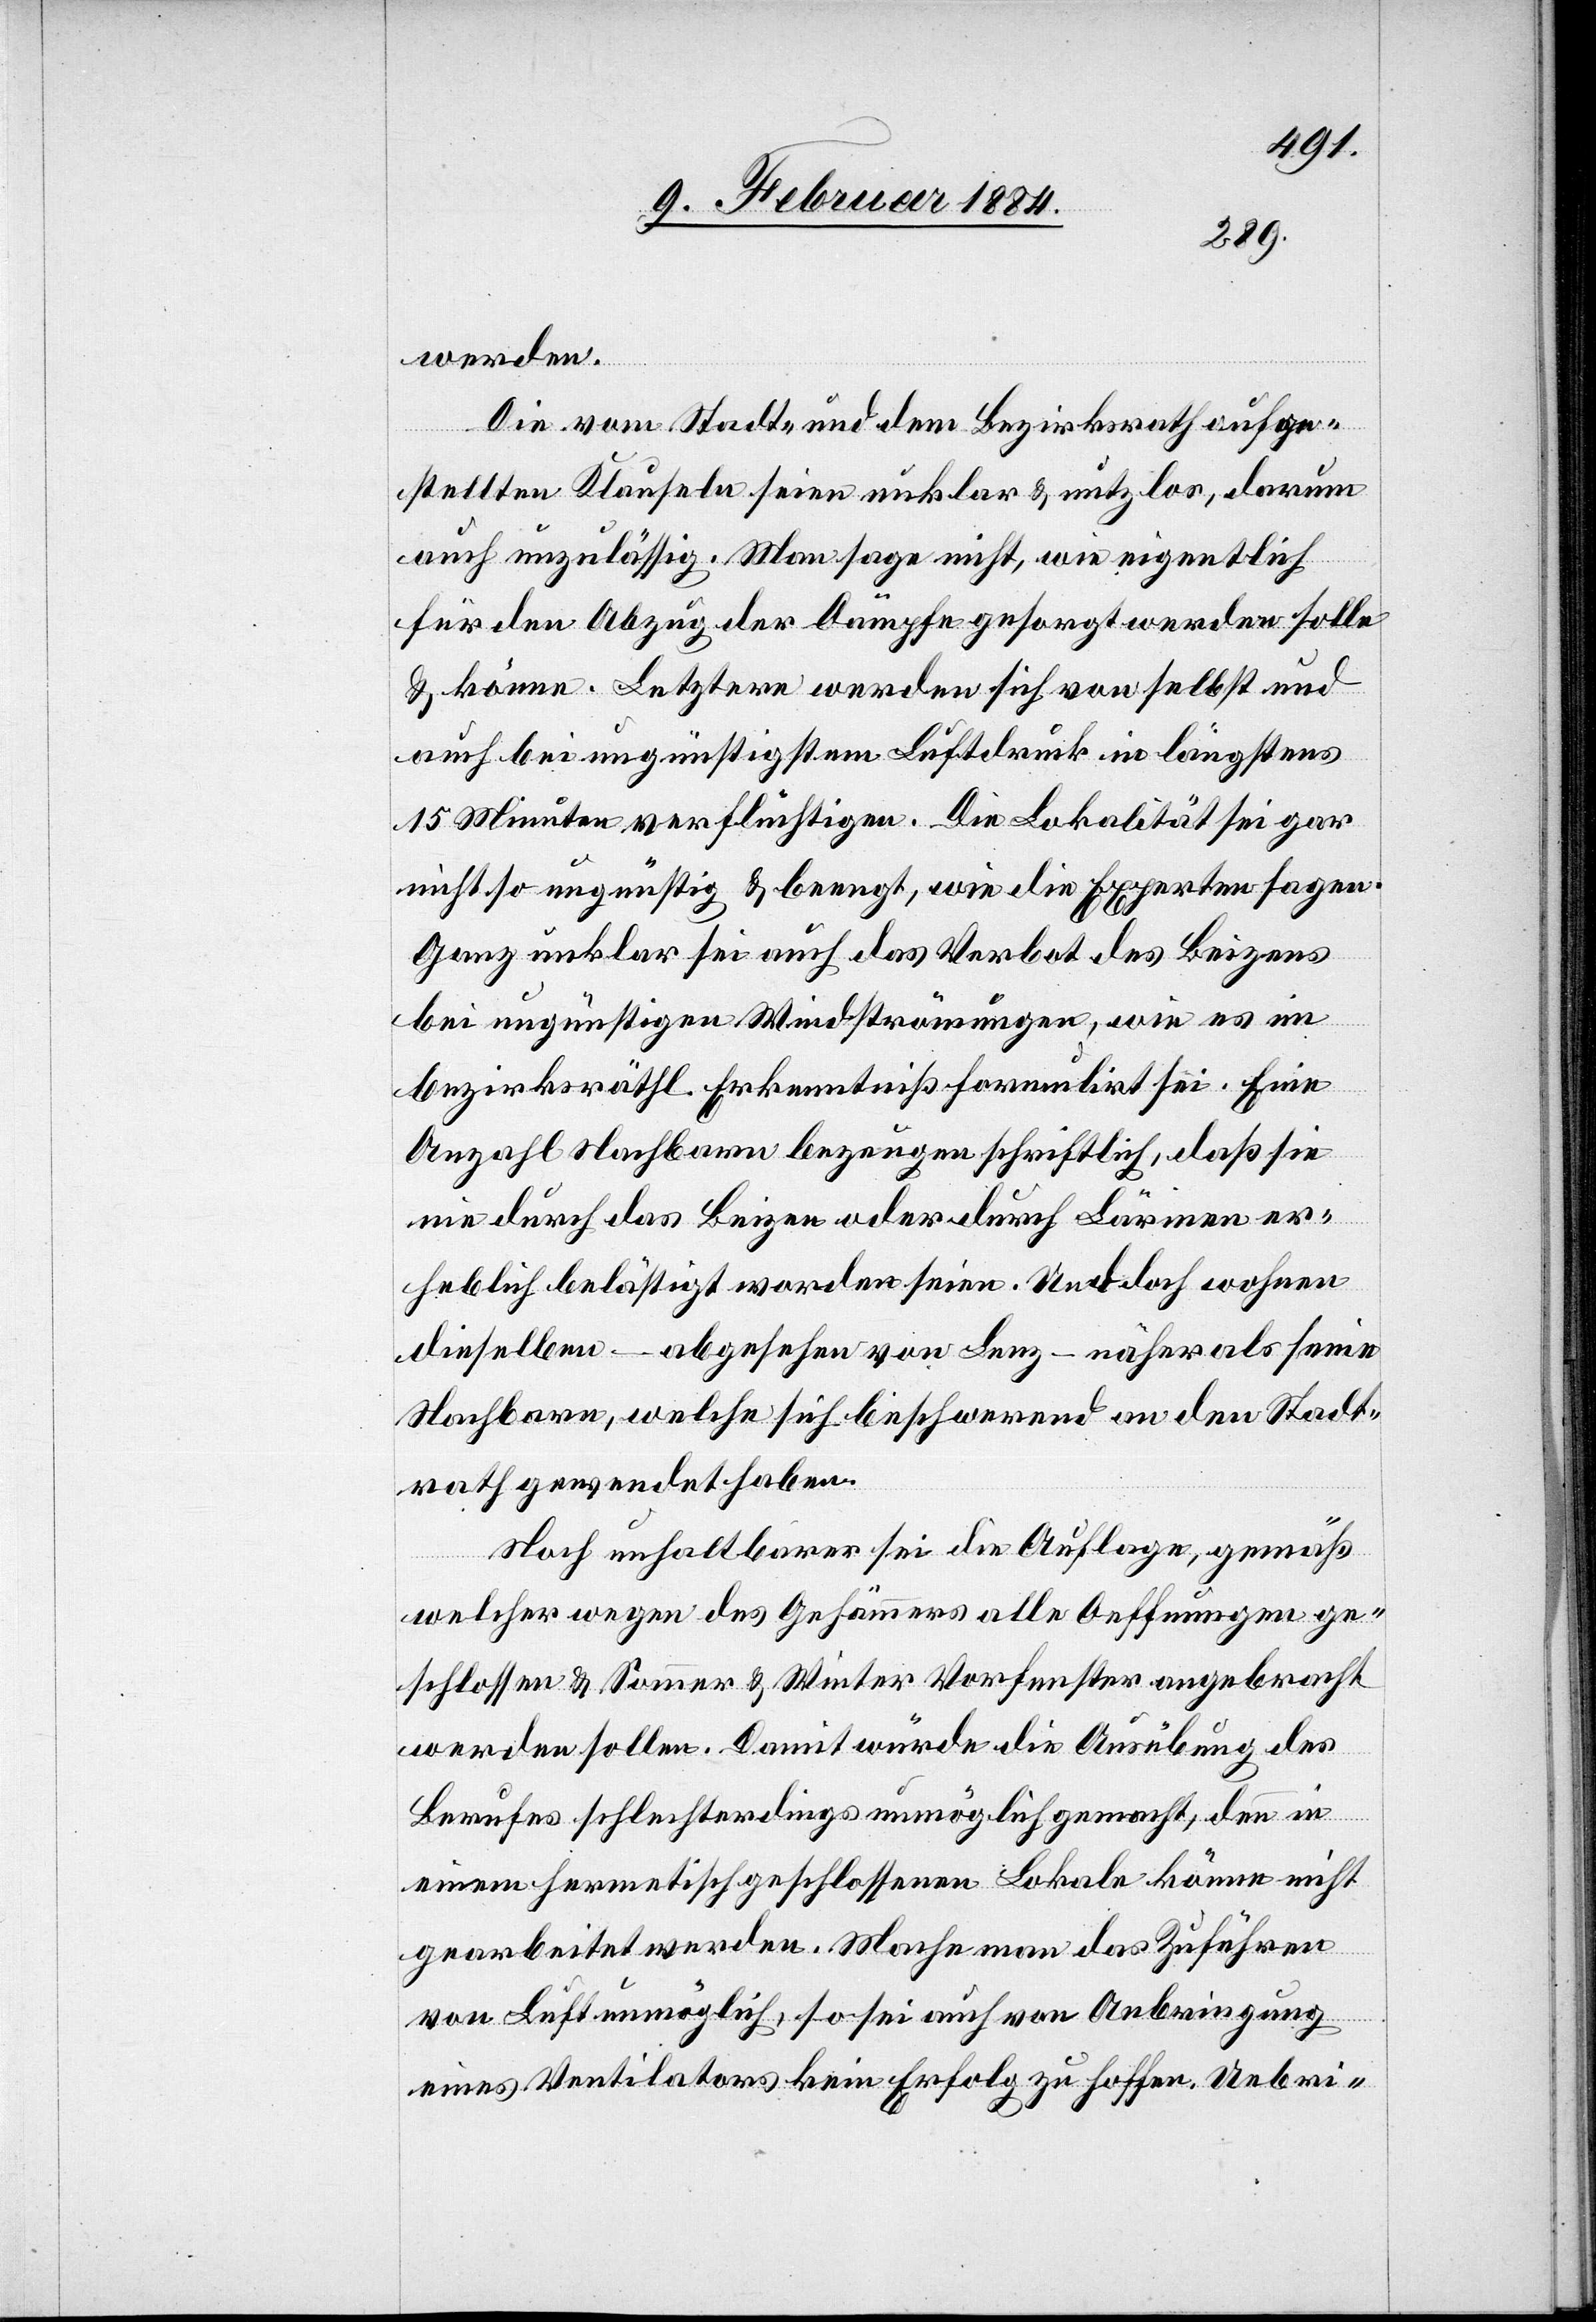
werden.
Die vom Stadt- und dem Bezirksrath aufge¬
stellten Klauseln seien unklar & nutzlos, darum
auch unzulässig. Man sage nicht, wie eigentlich
für den Abzug der Dämpfe gesorgt werden solle
& könne. Letztere werden sich von selbst und
auch bei ungünstigstem Luftdruck in längstens
15 Minuten verflüchtigen. Die Lokalität sei gar
nicht so ungünstig & beengt, wie die Experten sagen.
Ganz unklar sei auch das Verbot des Beizens
bei ungünstigen Windströmungen, wie es im
bezirksräthl. Erkenntniß formulirt sei. Eine
Anzahl Nachbarn bezeugen schriftlich, daß sie
nie durch das Beizen oder durch Lärmen er¬
heblich belästigt worden seien. Und doch wohnen
dieselben – abgesehen von Lenz – näher als seine
Nachbarn, welche sich beschwerend an den Stadt¬
rath gewendet haben.
Noch unhaltbarer sei die Auflage, gemäß
welcher wegen des Gehämmers alle Oeffnungen ge¬
schlossen & Sommer & Winter Vorfenster angebracht
werden sollen. Damit würde die Ausübung des
Berufes schlechterdings unmöglich gemacht, denn in
einem hermetisch geschlossenen Lokale könne nicht
gearbeitet werden. Mache man das Zuführen
von Luft unmöglich, so sei auch von Anbringung
eines Ventilators kein Erfolg zu hoffen. Uebri-